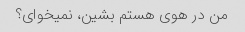
من در هوی هستم بشین، نمیخوای؟